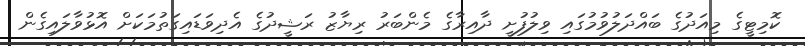
ކޮމިޓީގެ މިއަދުގެ ބައްދަލުވުމުގައި ވިލުފުށީ ދާއިރާގެ މެންބަރު ރިޔާޒު ރަޝީދުގެ އެދިވަޑައިގަތުމަކަށް އޮޅުވާލައިގެން